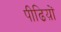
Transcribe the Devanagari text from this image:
पीढिय़ों